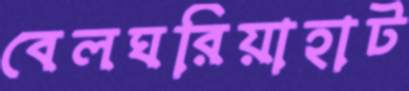
বেলঘরিয়াহাট